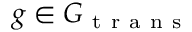
g \in G _ { \mathrm { ~ t ~ r ~ a ~ n ~ s ~ } }